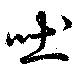
吐